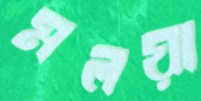
মলয়া